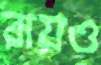
রায়ও